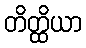
တိတ္ထိယာ